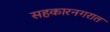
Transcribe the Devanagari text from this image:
सहकारनगरात